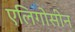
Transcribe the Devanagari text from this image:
एलिगोसीन